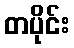
တပိုင်း